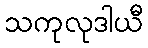
သကုလုဒါယီ